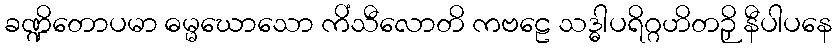
ခဏ္ဍိတောပမာ ဓမ္မဃောသော ကိံသီလောတိ ကဗဠေ သဒ္ဓါပရိဂ္ဂဟိတဉှိ နီပါပနေ